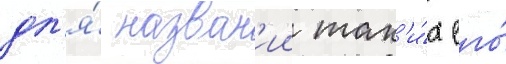
дл'я́ назван'ии так'и́х его́